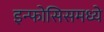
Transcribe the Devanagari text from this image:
इन्फोसिसमध्ये